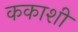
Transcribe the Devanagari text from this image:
ककाशी